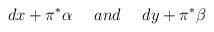
LaTeX: \begin{align*}dx+ \pi^{\ast}\alpha ~\quad and ~\quad dy+\pi^{\ast} \beta\end{align*}